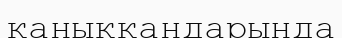
қаныққандарында